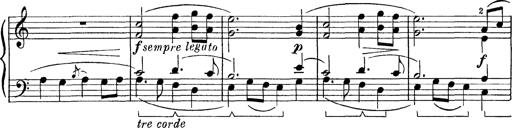
Title: Abschied
Composer: Franz Liszt